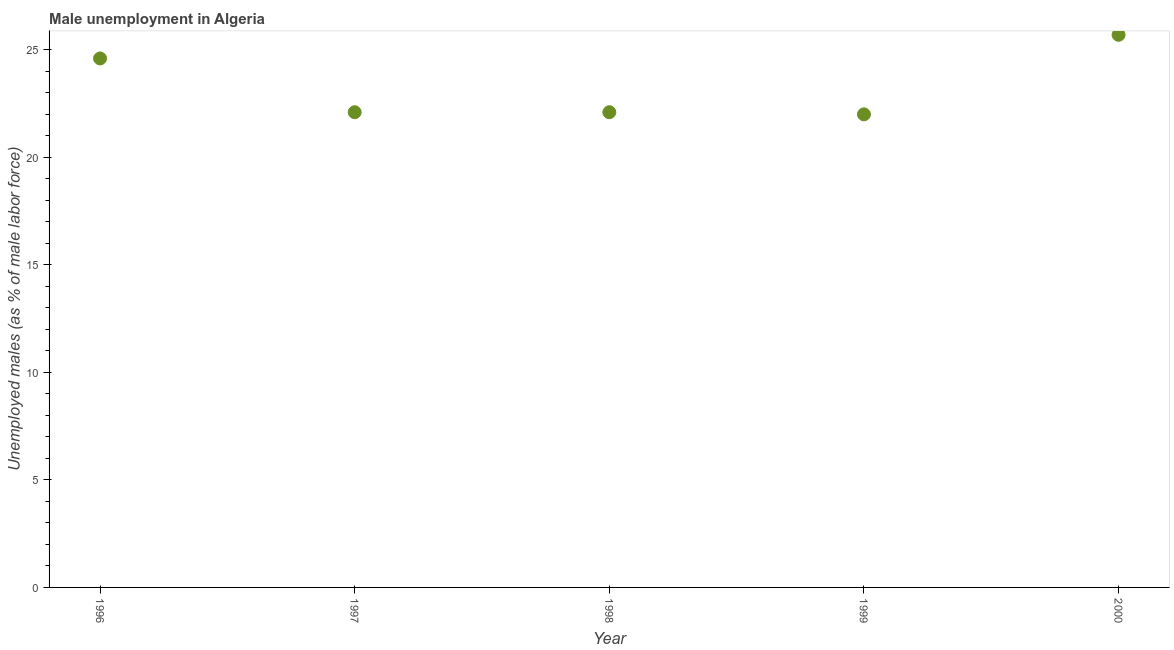
| Year | Unemployment |
 | --- | --- |
 | 1996 | 24.6 |
 | 1997 | 22.1 |
 | 1998 | 22.1 |
 | 1999 | 22 |
 | 2000 | 25.7 |